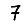
Digit: 7